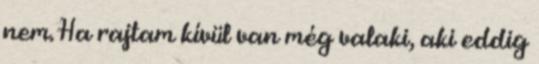
nem. Ha rajtam kívül van még valaki, aki eddig